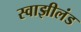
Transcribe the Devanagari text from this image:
स्वाझीलंड